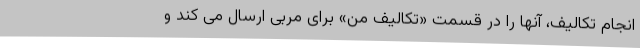
انجام تکالیف، آنها را در قسمت «تکالیف من» برای مربی ارسال می کند و